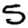
Digit: 5